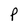
Character: P